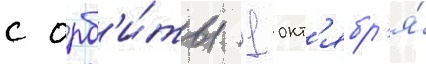
с орб'и́ты 1 окт'ябр'я́